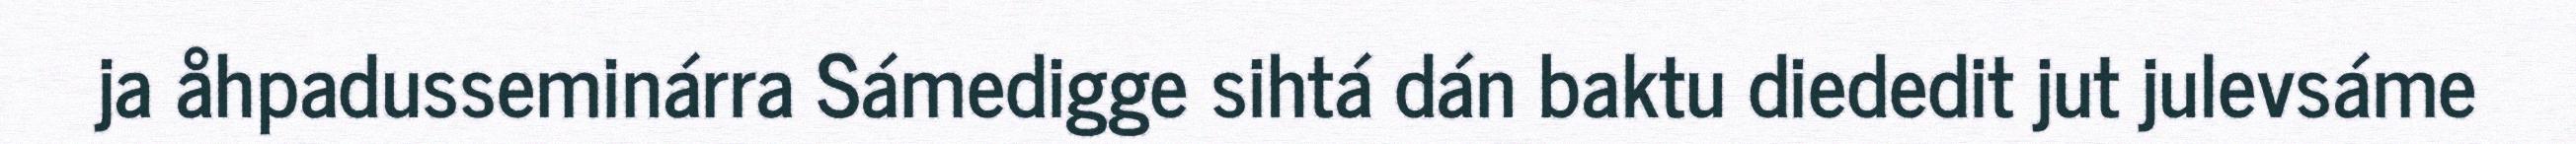
ja åhpadusseminárra Sámedigge sihtá dán baktu diededit jut julevsáme